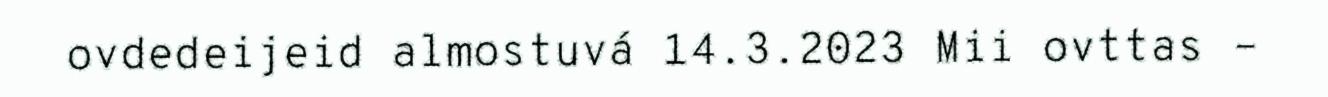
ovdedeijeid almostuvá 14.3.2023 Mii ovttas –